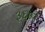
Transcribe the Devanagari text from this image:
३६०ने